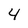
Character: 4